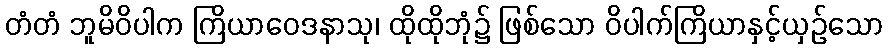
တံတံ ဘူမိဝိပါက ကြိယာဝေဒနာသု၊ ထိုထိုဘုံ၌ ဖြစ်သော ဝိပါက်ကြိယာနှင့်ယှဉ်သော